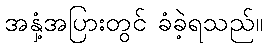
အနှံ့အပြားတွင် ခံခဲ့ရသည်။